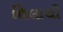
શિલાથી